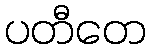
ပတီတေ